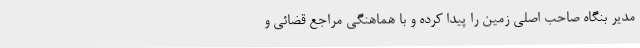
مدیر بنگاه صاحب اصلی زمین را پیدا کرده و با هماهنگی مراجع قضائی و